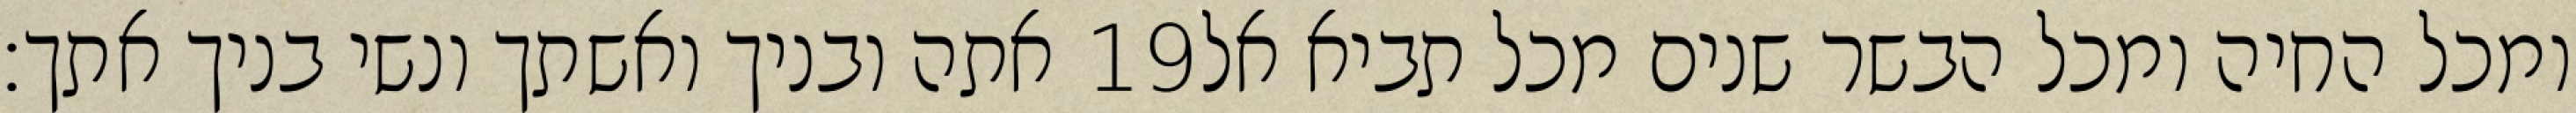
אתה ובניך ואשתך ונשי בניך אתך׃ ‎19‏ ומכל החיה ומכל הבשר שנים מכל תביא אל